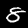
Digit: 8